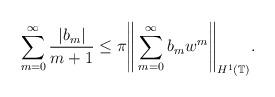
LaTeX: \begin{align*} \sum_{m=0}^\infty \frac{|b_m|}{m+1} \leq \pi \Bigg\|\sum_{m=0}^\infty b_m w^m\Bigg\|_{H^1(\mathbb{T})}.\end{align*}